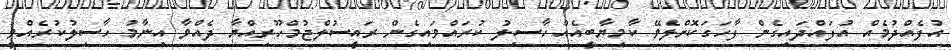
އުފެއްދުމެއް އުފައްދައިގެން ފާހަގަކޮށްލެވޭ ކާމިޔާބީއެއް ހާސިލު ކުރައްވައިގެން ރައީސުލްޖުމްހޫރިއްޔާ ދެއްވާ އިނާމު ހާސިލުކުރެއްވީ